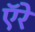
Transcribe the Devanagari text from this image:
ऍरे